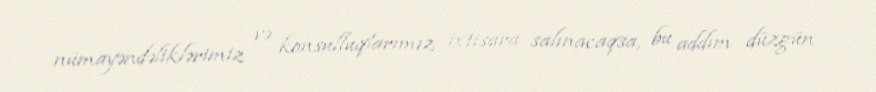
nümayəndəliklərimiz və konsulluqlarımız ixtisara salınacaqsa, bu addım düzgün